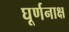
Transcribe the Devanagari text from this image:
घूर्णनाक्ष